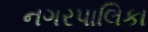
નગરપાલિકા